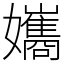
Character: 孈